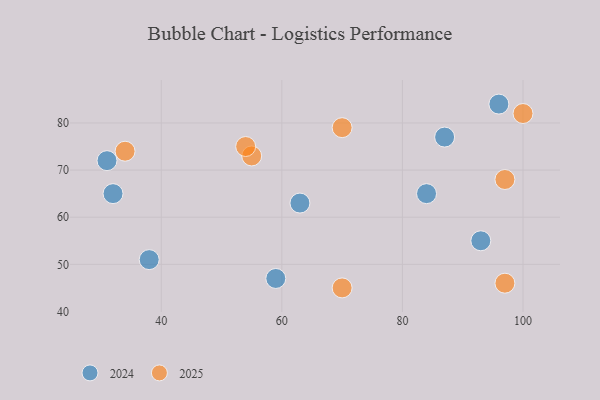
{"axis": {"x": "GDP", "y": "Life Expectancy"}, "legend": ["2024", "2025"], "data": [{"x": "63", "y": 63, "type": "2024"}, {"x": "84", "y": 65, "type": "2024"}, {"x": "31", "y": 72, "type": "2024"}, {"x": "32", "y": 65, "type": "2024"}, {"x": "59", "y": 47, "type": "2024"}, {"x": "87", "y": 77, "type": "2024"}, {"x": "96", "y": 84, "type": "2024"}, {"x": "38", "y": 51, "type": "2024"}, {"x": "93", "y": 55, "type": "2024"}, {"x": "55", "y": 73, "type": "2025"}, {"x": "100", "y": 82, "type": "2025"}, {"x": "97", "y": 46, "type": "2025"}, {"x": "70", "y": 45, "type": "2025"}, {"x": "54", "y": 75, "type": "2025"}, {"x": "34", "y": 74, "type": "2025"}, {"x": "70", "y": 79, "type": "2025"}, {"x": "97", "y": 68, "type": "2025"}]}